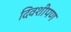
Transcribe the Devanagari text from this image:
दिवशीपण